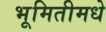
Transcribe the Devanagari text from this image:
भूमितीमधे